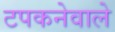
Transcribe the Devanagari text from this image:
टपकनेवाले